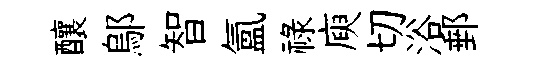
釀鄔智氳禄庾切浴郵